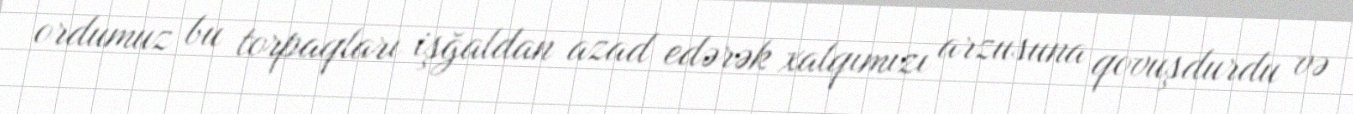
ordumuz bu torpaqları işğaldan azad edərək xalqımızı arzusuna qovuşdurdu və